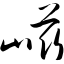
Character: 嵫